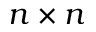
n \times n